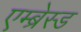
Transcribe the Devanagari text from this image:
एम्ब्रेस्ड